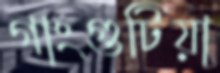
গাংগুটিয়া